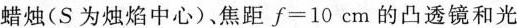
蜡烛(S为烛焰中心)、焦距f=10cm的凸透镜和光